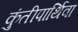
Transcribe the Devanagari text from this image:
कुंतीपार्थिवा